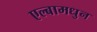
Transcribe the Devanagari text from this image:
एल्बामधुन